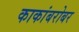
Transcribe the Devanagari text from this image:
काकांबरोबर